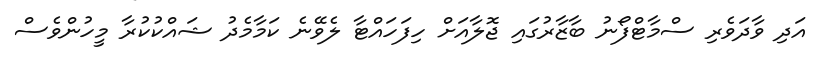
އަދި ވާދަވެރި ސްމާޓްފޯނު ބާޒާރުގައި ޖޮލާއަށް ހިފަހައްޓާ ލެވޭނެ ކަމާމެދު ޝައްކުކުރާ މީހުންވެސް